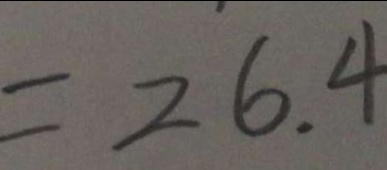
= 2 6 . 4